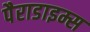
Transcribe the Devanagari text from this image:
पैराडाइम्स